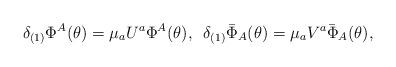
LaTeX: \begin{align*}\delta_{(1)}\Phi^A(\theta)=\mu_aU^a\Phi^A(\theta),\,\,\, \delta_{(1)}\bar{\Phi}_A(\theta)=\mu_aV^a\bar{\Phi}_A(\theta),\end{align*}